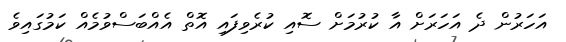
އަހަރުން ދެ އަހަރަށް އާ ކުރުމަށް ސޮއި ކުރެވިފައި އޮތް އެއްބަސްވުމެއް ކަމުގައިވެ